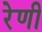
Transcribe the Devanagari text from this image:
रेणी